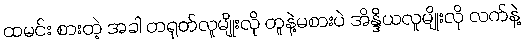
ထမင်း စားတဲ့ အခါ တရုတ်လူမျိုးလို တူနဲ့မစားပဲ အိန္ဒိယလူမျိုးလို လက်နဲ့